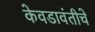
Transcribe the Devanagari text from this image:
केवडावंतीचे